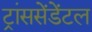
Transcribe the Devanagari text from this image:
ट्रांससेंडेंटल